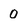
Character: 0